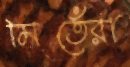
মিতেঁরা